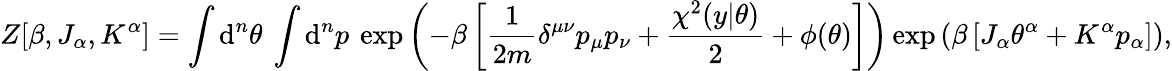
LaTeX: Z[\beta,J_{\alpha},K^{\alpha}]=\int\mathrm{d}^{n}\theta\: \int\mathrm{d}^{n}p\: \exp\left(-\beta\left[\frac{1}{2m}\delta^{\mu\nu}p_{\mu}p_{\nu}+\frac{\chi^{2}(y|\theta)}{2}+\phi(\theta)\right]\right)\exp\left(\beta\left[J_{\alpha}\theta^{\alpha}+K^{\alpha}p_{\alpha}\right]\right),